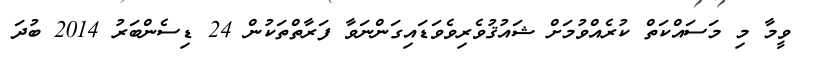
ވީމާ މި މަސައްކަތް ކުރެއްވުމަށް ޝައުޤުވެރިވެވަޑައިގަންނަވާ ފަރާތްތަކުން 24 ޑިސެންބަރު 2014 ބުދަ